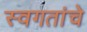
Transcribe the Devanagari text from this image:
स्वगतांचे